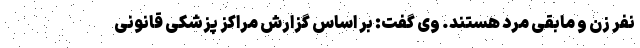
نفر زن و مابقی مرد هستند. وی گفت: بر اساس گزارش مراکز پزشکی قانونی